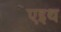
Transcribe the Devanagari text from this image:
एइथ